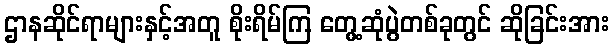
ဌာနဆိုင်ရာများနှင့်အတူ စိုးရိမ်ကြ တွေ့ဆုံပွဲတစ်ခုတွင် ဆိုခြင်းအား